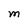
Character: M